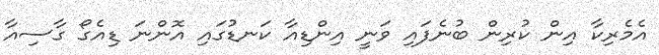
އެމެރިކާ އިން ކުރިން ބުނެފައި ވަނީ އިންޑިއާ ކަނޑުގައި އޮންނަ ޑިއެގޯ ގާސިއާ